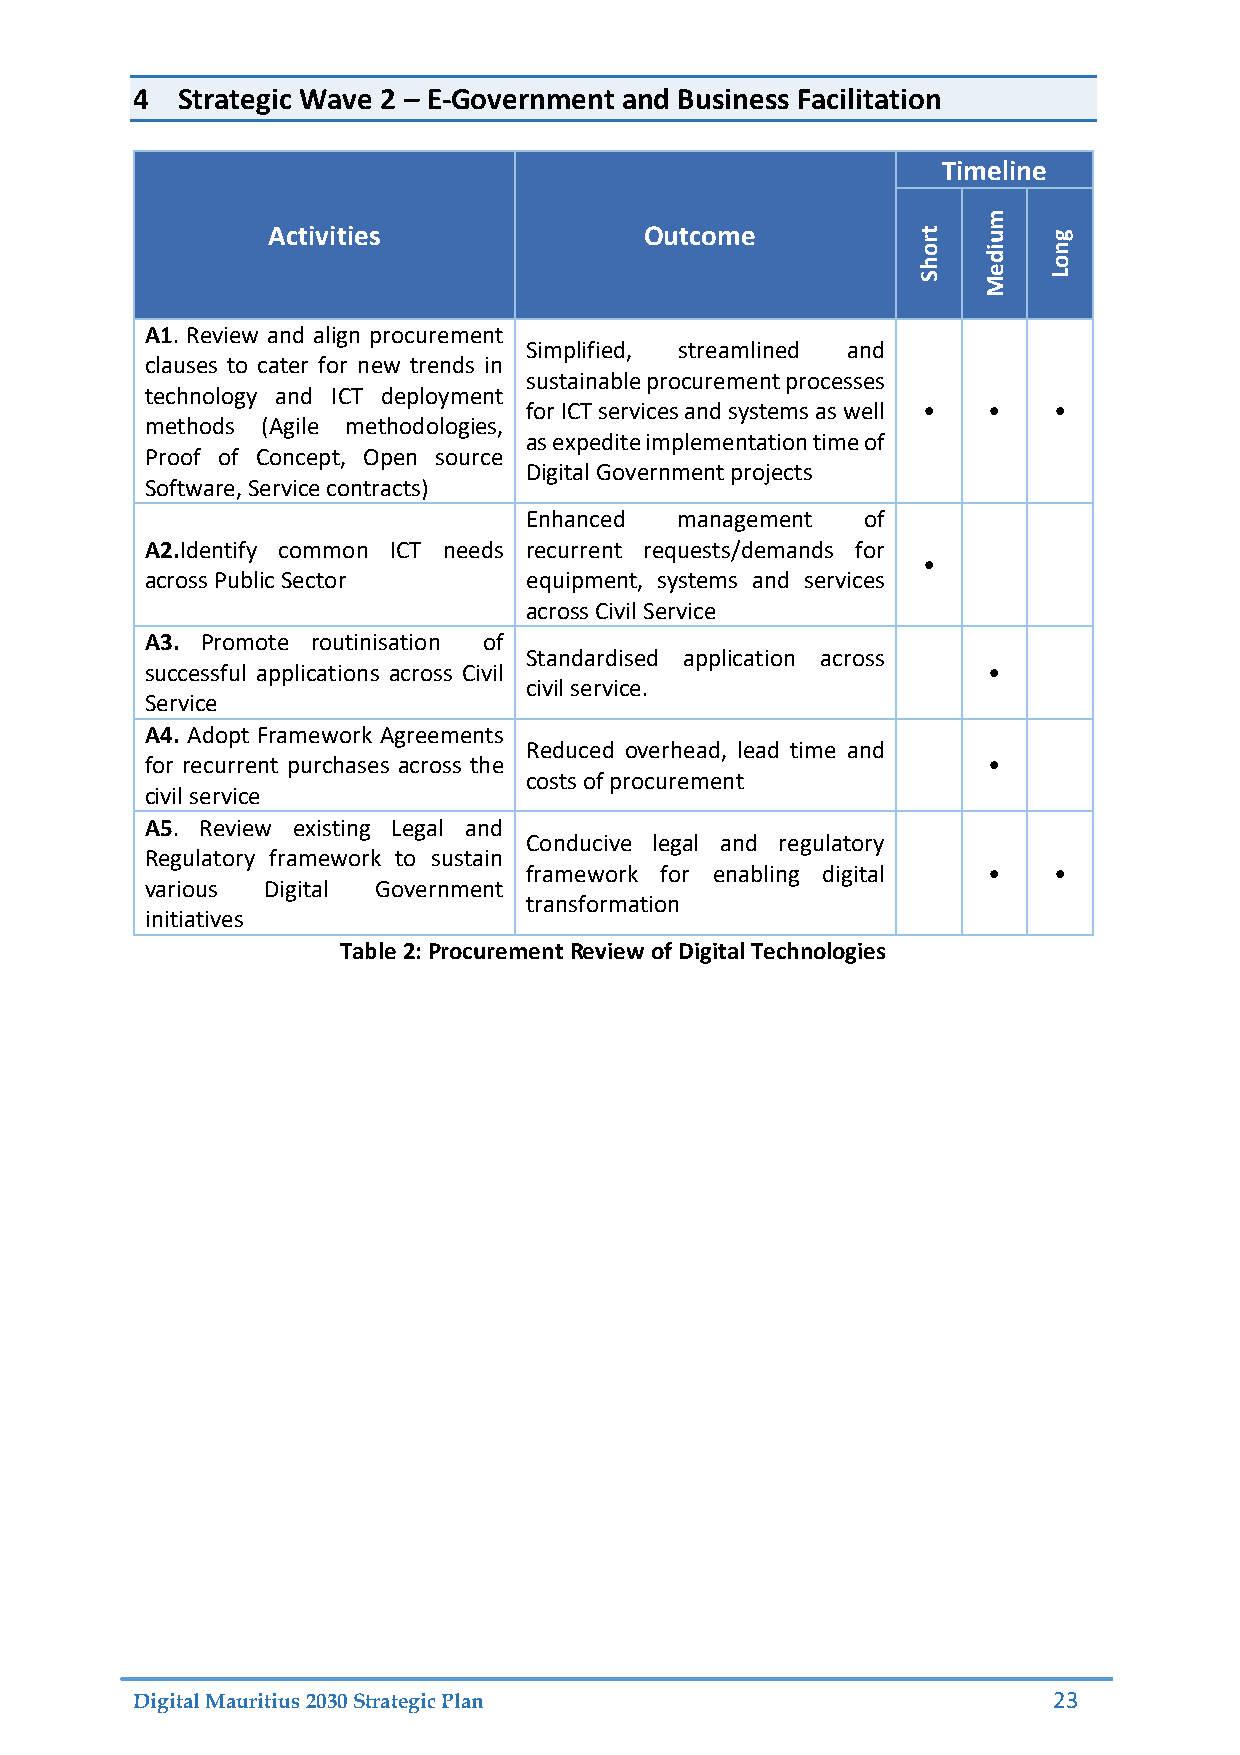
4  Strategic Wave 2 – E-Government and Business Facilitation
 Timeline
 m
 Activities               Outcome           rt  u   g
 ho  di  on
 S   Me  L
 A1. Review and align procurement
 Simplified, streamlined and
 clauses to cater for new trends in
 sustainable procurement processes
 technology and ICT deployment
 for ICT services and systems as well • • •
 methods (Agile methodologies,
 as expedite implementation time of
 Proof of Concept, Open source
 Digital Government projects
 Software, Service contracts)
 Enhanced  management  of
 A2.Identify common ICT needs recurrent requests/demands for
 •
 across Public Sector     equipment, systems and services
 across Civil Service
 A3. Promote routinisation of
 Standardised application across
 successful applications across Civil                   •
 civil service.
 Service
 A4. Adopt Framework Agreements
 Reduced overhead, lead time and
 for recurrent purchases across the                     •
 costs of procurement
 civil service
 A5. Review existing Legal and
 Conducive legal and regulatory
 Regulatory framework to sustain
 framework for enabling digital •   •
 various Digital Government
 transformation
 initiatives
 Table 2: Procurement Review of Digital Technologies
 Digital Mauritius 2030 Strategic Plan                        23